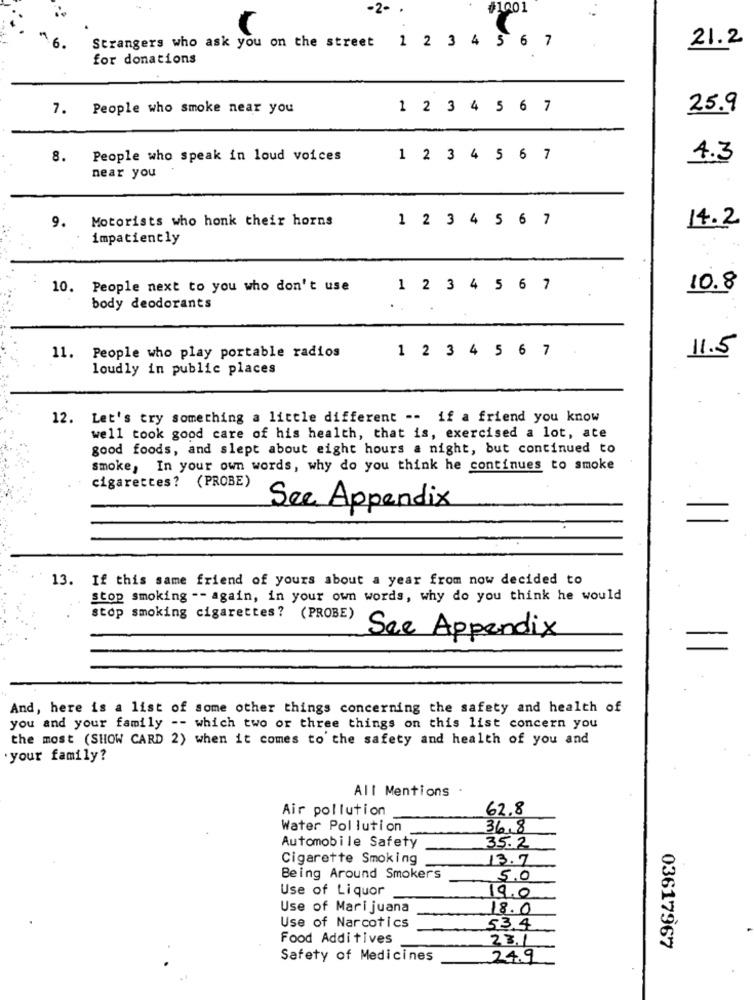
-2- .
#1001
Strangers who ask you on the street
1 2 3 4
5 6 7
21.2
for donations
7. People who smoke near you
1 2 3 4
5 6
7
25.9
8.
People who speak in loud voices
1 2 3 4 5 6 7
4.3
near you
9. Motorists who honk their horns
1 2 3 4 5 6 7
14.2
impatiently
10. People next to you who don't use
1 2 3 4 5 6 7
10.8
body deodorants
1 2 3 4 5 6 7
11. People who play portable radios
11.5
loudly in public places
12. Let's try something a little different -- if a friend you know
well took good care of his health, that is, exercised a lot, ate
good foods, and slept about eight hours a night, but continued to
smoke, In your own words, why do you think he continues to smoke
cigarettes? (PROBE)
See Appendix
13. If this same friend of yours about a year from now decided to
stop smoking -- again, in your own words, why do you think he would
stop smoking cigarettes? (PROBE)
See Appendix
=
And, here is a list of some other things concerning the safety and health of
you and your family -- which two or three things on this list concern you
the most (SHOW CARD 2) when it comes to the safety and health of you and
.your family?
All Mentions
Air pollution
62.8
Water Pollution
36,8
Automobile Safety
35.2
Cigarette Smoking
13.7
Being Around Smokers
5,0
Use of Liquor
19.0
Use of Marijuana
18.0
Use of Narcotics
53.4
Food Additives
23./
03617967
Safety of Medicines
24.9